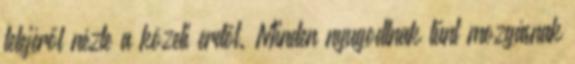
tetejéről nézte a közeli erdőt. Minden nyugodtnak tűnt mozgásnak